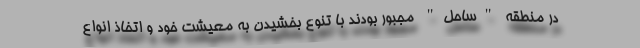
در منطقه "ساحل" مجبور بودند با تنوع بخشیدن به معیشت خود و اتخاذ انواع